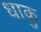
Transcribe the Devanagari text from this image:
धाकु